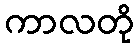
ကာလတို